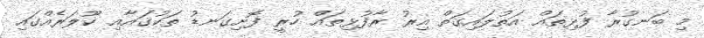
މި ބަނގުރާ ފުޅިތައް އަތުލައިގަތް އިރު ރާފުޅިތައް ހުރީ ފޮށިގަނޑު ތަކުގައާއި ކޫލަރެއްގައި